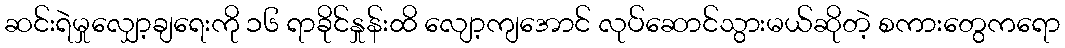
ဆင်းရဲမှုလျှော့ချရေးကို ၁၆ ရာခိုင်နှုန်းထိ လျော့ကျအောင် လုပ်ဆောင်သွားမယ်ဆိုတဲ့ စကားတွေကရော